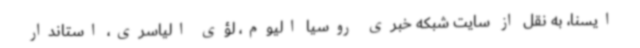
ایسنا، به نقل از سایت شبکه خبری روسیا الیوم، لؤی الیاسری، استاندار